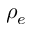
\rho _ { e }